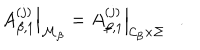
LaTeX: \left. A _ { \beta , 1 } ^ { ( j ) } \right| _ { { \cal M } _ { \beta } } = \left. A _ { \beta , 1 } ^ { ( j ) } \right| _ { { \cal C } _ { \beta } \times \Sigma } .